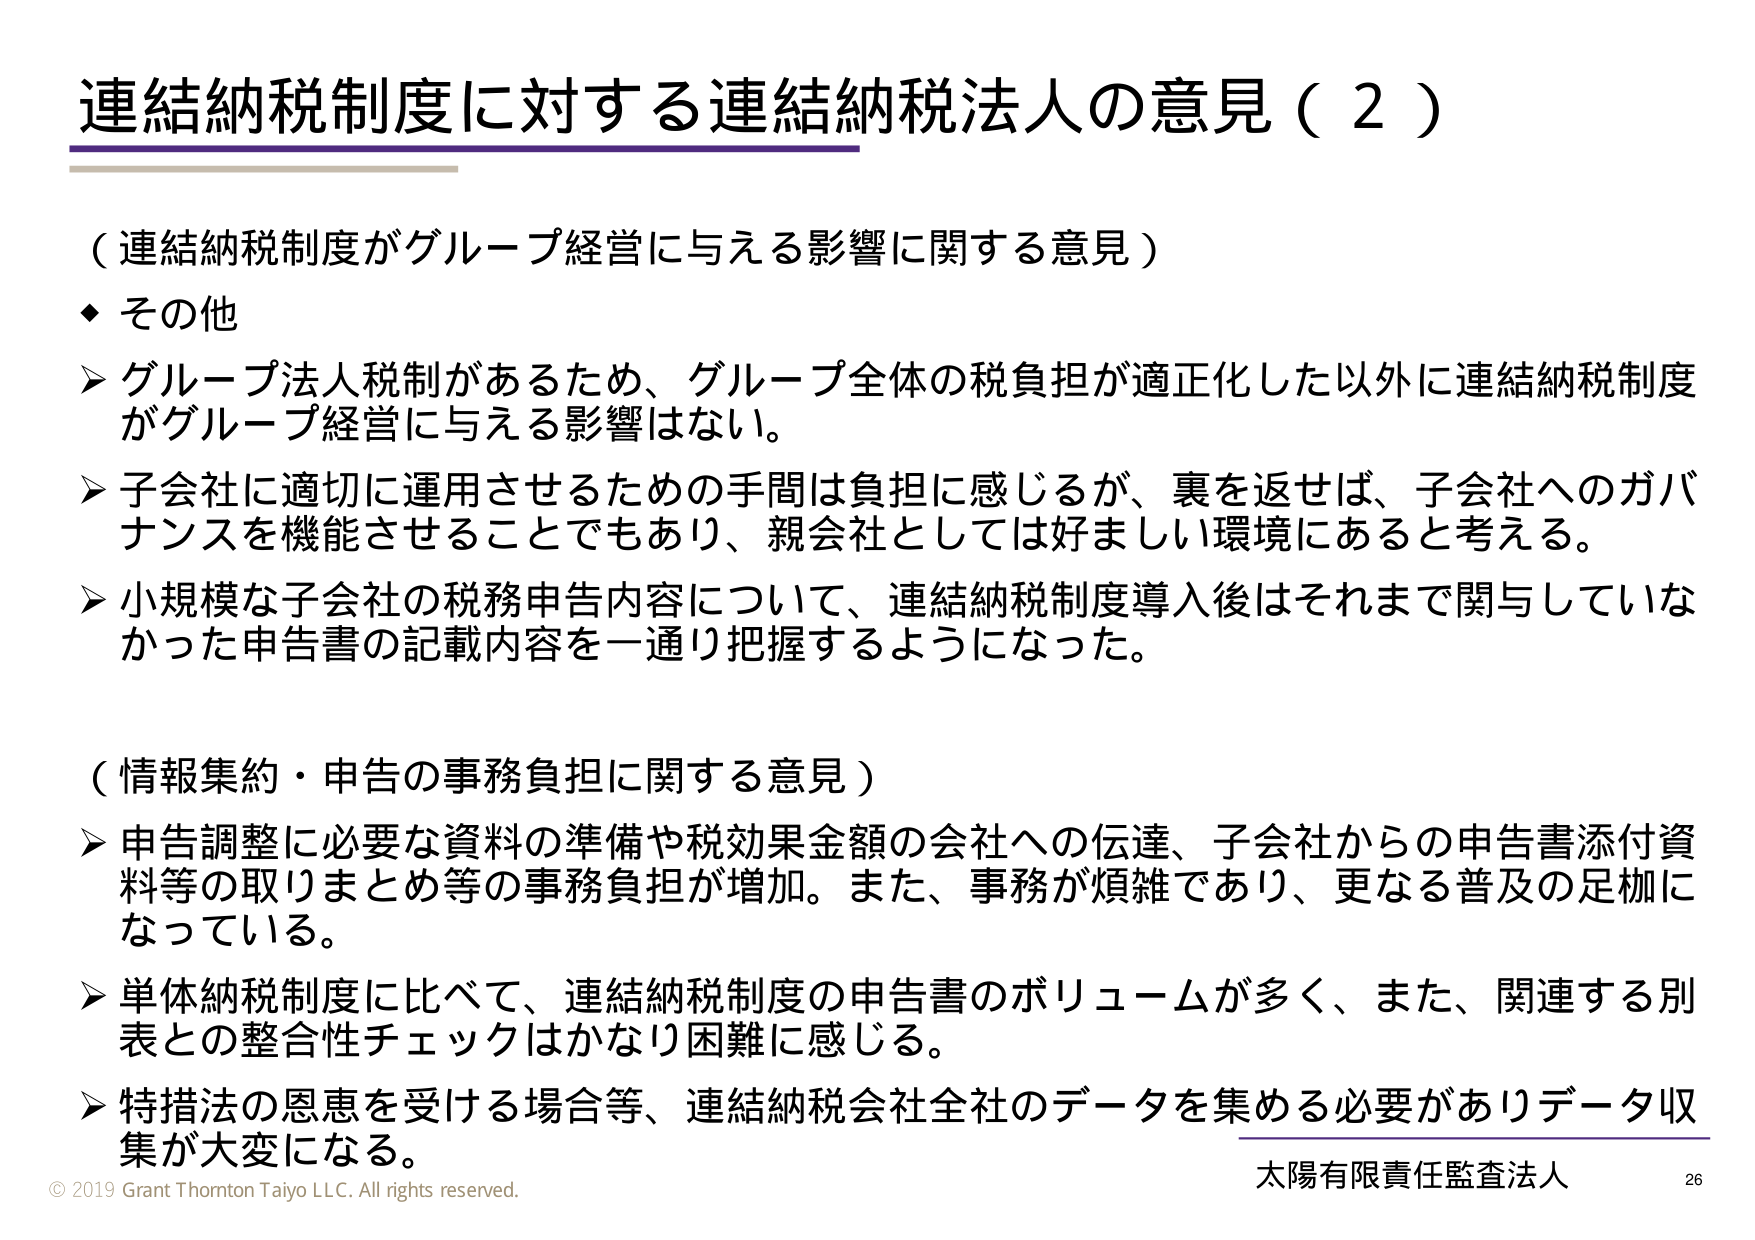
連結納税制度に対する連結納税法人の意見（２）

（連結納税制度がグループ経営に与える影響に関する意見）
◆ その他
➤ グループ法人税制があるため、グループ全体の税負担が適正化した以外に連結納税制度がグループ経営に与える影響はない。
➤ 子会社に適切に運用させるための手間は負担に感じるが、裏を返せば、子会社へのガバナンスを機能させることでもあり、親会社としては好ましい環境にあると考える。
➤ 小規模な子会社の税務申告内容について、連結納税制度導入後はそれまで関与していなかった申告書の記載内容を一通り把握するようになった。

（情報集約・申告の事務負担に関する意見）
➤ 申告調整に必要な資料の準備や税効果金額の会社への伝達、子会社からの申告書添付資料等の取りまとめ等の事務負担が増加。また、事務が煩雑であり、更なる普及の足枷になっている。
➤ 単体納税制度に比べて、連結納税制度の申告書のボリュームが多く、また、関連する別表との整合性チェックはかなり困難に感じる。
➤ 特措法の恩恵を受ける場合等、連結納税会社全社のデータを集める必要がありデータ収集が大変になる。

© 2019 Grant Thornton Taiyo LLC. All rights reserved.
太陽有限責任監査法人
26